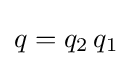
q=q_{2}\,q_{1}